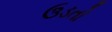
ઉડતો